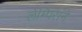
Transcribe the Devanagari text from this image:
लेम्पिराने